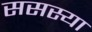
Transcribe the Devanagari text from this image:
ससस्या